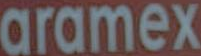
aramex